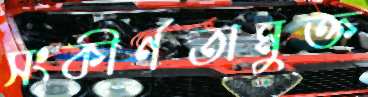
সংকীর্ণতামুক্ত